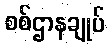
စစ်ဌာနချုပ်